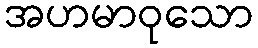
အဟမာဝုသော